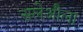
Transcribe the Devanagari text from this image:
सलेऔला